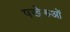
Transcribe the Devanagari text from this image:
पखेरुओं